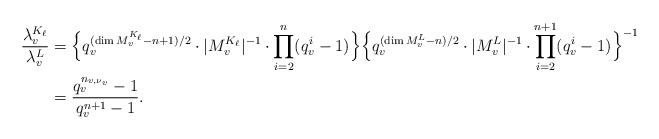
LaTeX: \begin{align*} \frac{\lambda_v^{K_{\ell}}}{\lambda_v^L}&=\Bigl\{q_v^{(\dim M_v^{K_{\ell}}-n+1)/2}\cdot|M_v^{K_{\ell}}|^{-1}\cdot\prod_{i=2}^{n}(q_v^i-1)\Bigr\}\Bigl\{q_v^{(\dim M_v^L-n)/2}\cdot|M_v^L|^{-1}\cdot\prod_{i=2}^{n+1}(q_v^i-1)\Bigr\}^{-1}\\ &=\frac{q_v^{n_{v,\nu_v}}-1}{q_v^{n+1}-1}.\end{align*}